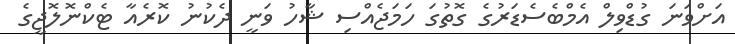
އަށްވަނަ ގުޑްވިލް އެމްބެސެޑަރުގެ ގޮތުގަ ހަމަޖެއްސި ޝާހު ވަނީ ދެކުނު ކޮރެއާ ޓެކްނޮލޮޖީގެ